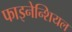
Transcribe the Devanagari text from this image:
फाइनेन्शियल